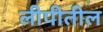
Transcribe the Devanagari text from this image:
लीपीतील